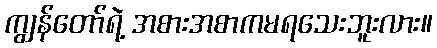
ကျွန်တော်ရဲ့ အစားအစာကမရသေးဘူးလား။